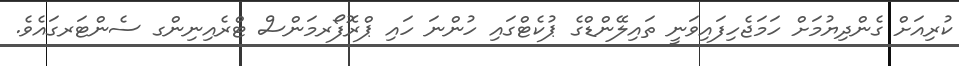
ކުރިއަށް ގެންދިޔުމަށް ހަމަޖެހިފައިވަނީ ތައިލޭންޑްގެ ޕުކެޓްގައި ހުންނަ ހައި ޕްރޮފޯރމަންސް ޓްރެއިނިންގ ސެންޓަރގައެވެ.